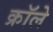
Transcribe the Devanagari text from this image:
क्रॉले